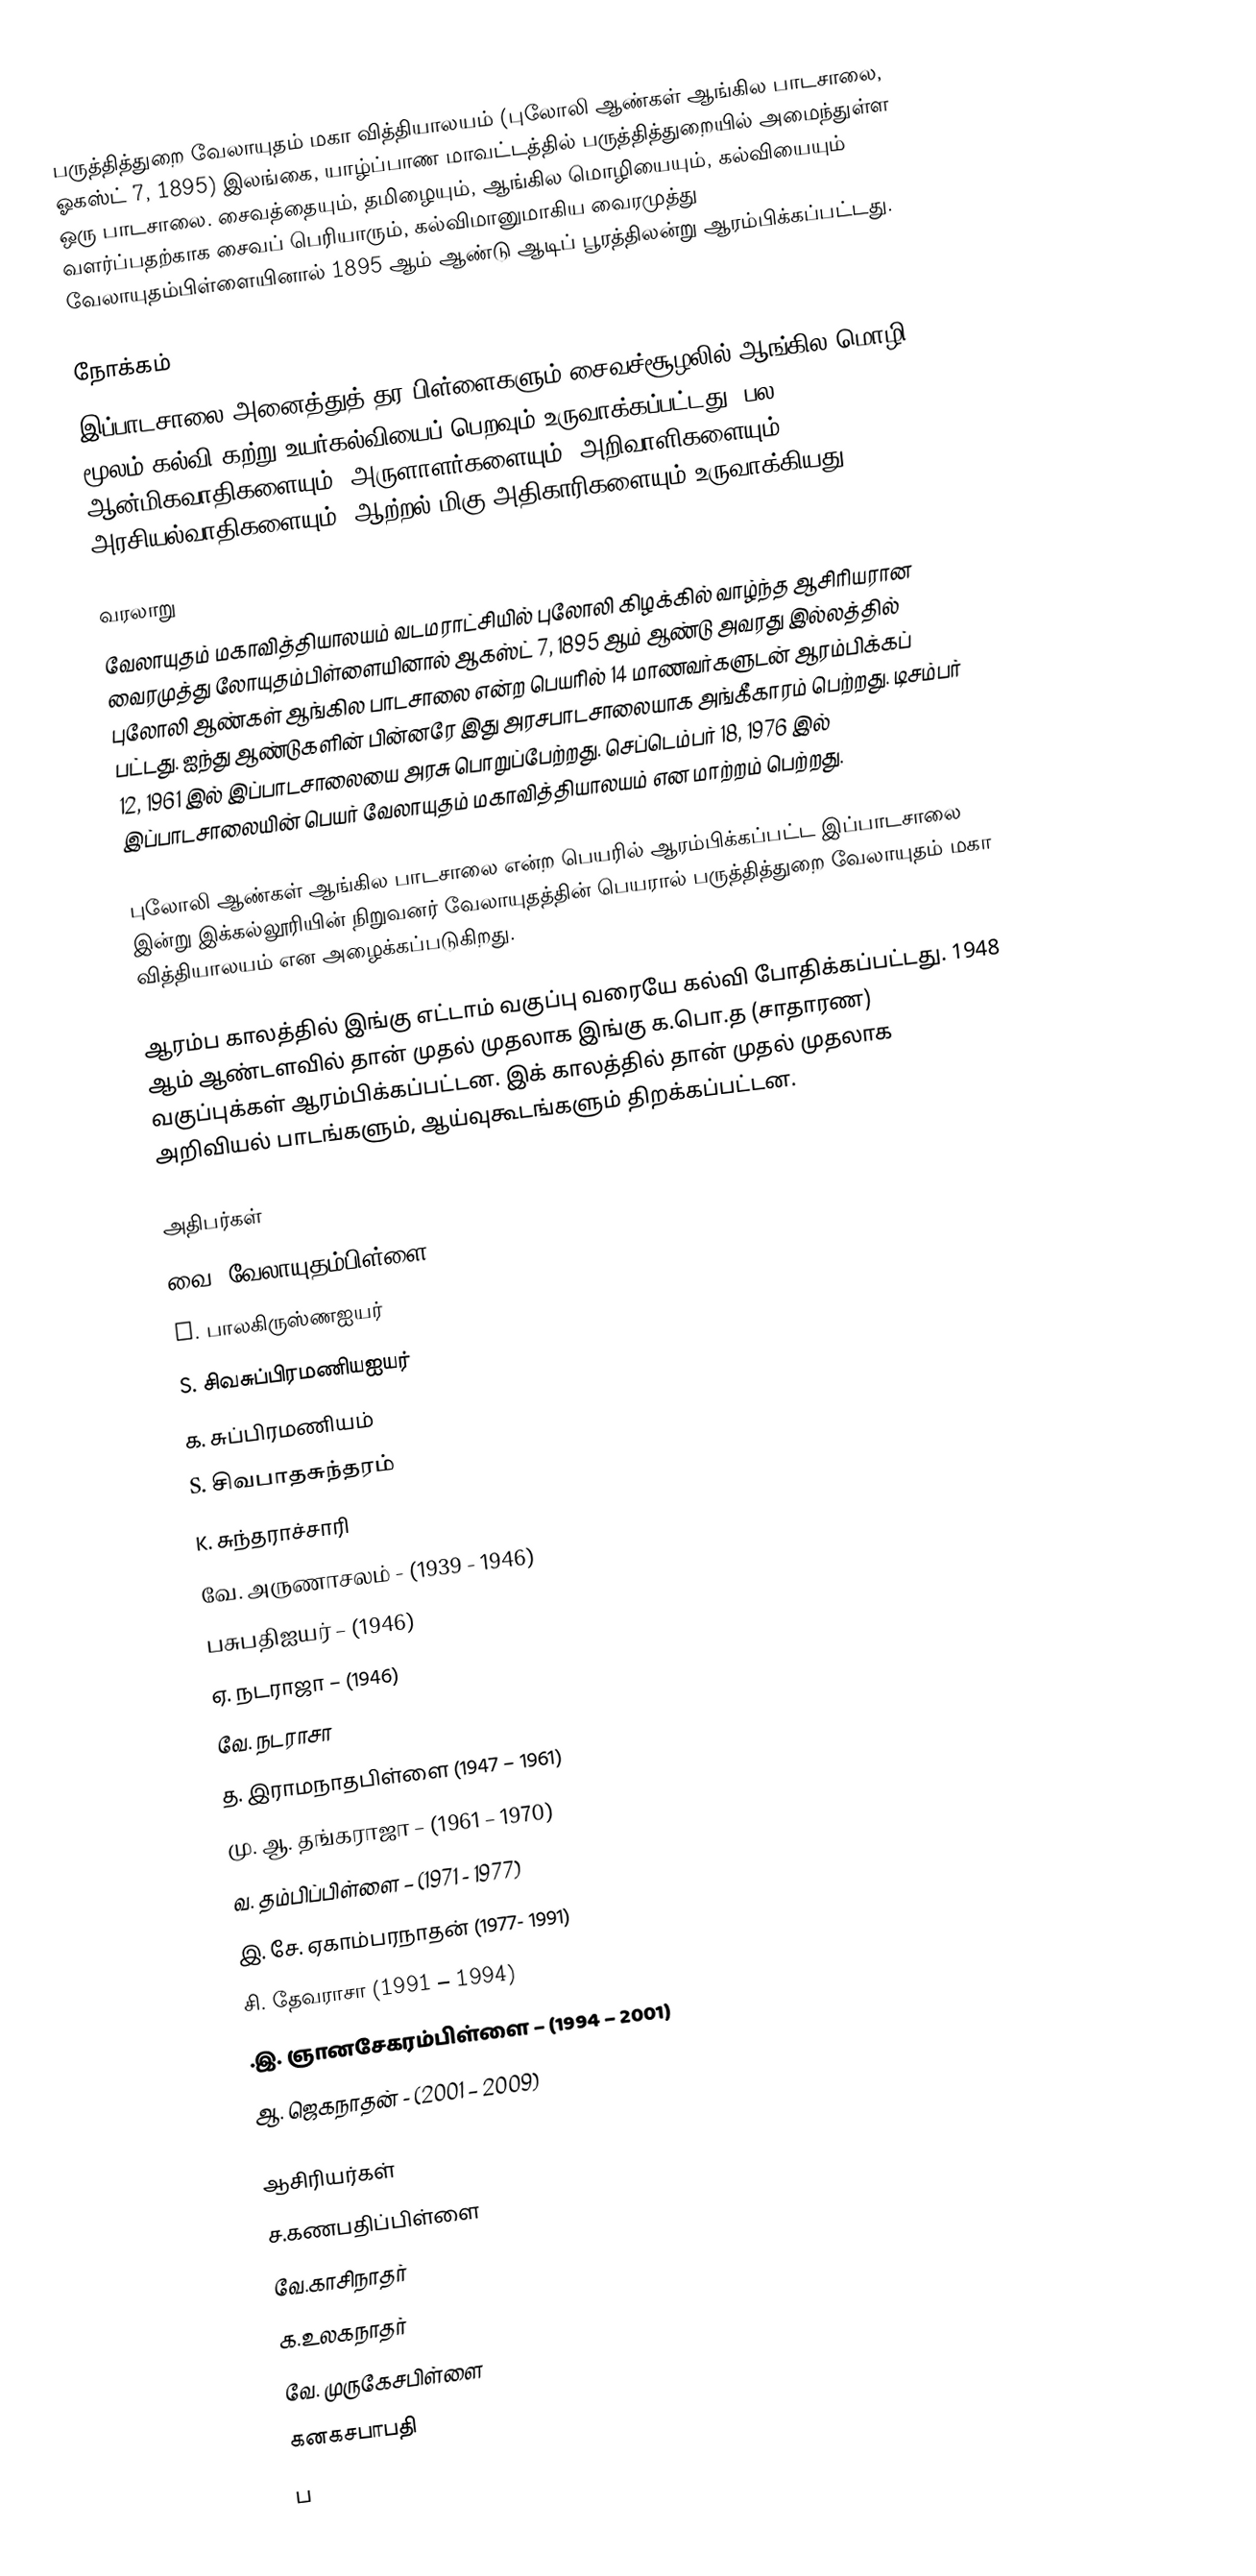
பருத்தித்துறை வேலாயுதம் மகா வித்தியாலயம் (புலோலி ஆண்கள் ஆங்கில பாடசாலை, ஓகஸ்ட் 7, 1895) இலங்கை, யாழ்ப்பாண மாவட்டத்தில் பருத்தித்துறையில் அமைந்துள்ள ஒரு பாடசாலை. சைவத்தையும், தமிழையும், ஆங்கில மொழியையும், கல்வியையும் வளர்ப்பதற்காக சைவப் பெரியாரும், கல்விமானுமாகிய வைரமுத்து வேலாயுதம்பிள்ளையினால் 1895 ஆம் ஆண்டு ஆடிப் பூரத்திலன்று ஆரம்பிக்கப்பட்டது.

நோக்கம்
இப்பாடசாலை அனைத்துத் தர பிள்ளைகளும் சைவச்சூழலில் ஆங்கில மொழி மூலம் கல்வி கற்று உயர்கல்வியைப் பெறவும் உருவாக்கப்பட்டது. பல  ஆன்மிகவாதிகளையும், அருளாளர்களையும், அறிவாளிகளையும் அரசியல்வாதிகளையும், ஆற்றல் மிகு அதிகாரிகளையும் உருவாக்கியது.

வரலாறு
வேலாயுதம் மகாவித்தியாலயம் வடமராட்சியில் புலோலி கிழக்கில் வாழ்ந்த ஆசிரியரான வைரமுத்து லோயுதம்பிள்ளையினால் ஆகஸ்ட் 7, 1895 ஆம் ஆண்டு அவரது இல்லத்தில் புலோலி ஆண்கள் ஆங்கில பாடசாலை என்ற பெயரில் 14 மாணவர்களுடன் ஆரம்பிக்கப் பட்டது. ஐந்து ஆண்டுகளின் பின்னரே இது அரசபாடசாலையாக அங்கீகாரம் பெற்றது.  டிசம்பர் 12, 1961 இல் இப்பாடசாலையை அரசு பொறுப்பேற்றது. செப்டெம்பர் 18, 1976 இல் இப்பாடசாலையின் பெயர் வேலாயுதம் மகாவித்தியாலயம் என மாற்றம் பெற்றது.

புலோலி ஆண்கள் ஆங்கில பாடசாலை என்ற பெயரில் ஆரம்பிக்கப்பட்ட இப்பாடசாலை இன்று இக்கல்லூரியின் நிறுவனர் வேலாயுதத்தின் பெயரால் பருத்தித்துறை வேலாயுதம் மகா வித்தியாலயம் என அழைக்கப்படுகிறது.

ஆரம்ப காலத்தில் இங்கு எட்டாம் வகுப்பு வரையே கல்வி போதிக்கப்பட்டது. 1948 ஆம் ஆண்டளவில் தான் முதல் முதலாக இங்கு க.பொ.த (சாதாரண) வகுப்புக்கள் ஆரம்பிக்கப்பட்டன. இக் காலத்தில் தான் முதல் முதலாக அறிவியல் பாடங்களும், ஆய்வுகூடங்களும் திறக்கப்பட்டன.

அதிபர்கள்
 வை. வேலாயுதம்பிள்ளை – (1895)
 S. பாலகிருஸ்ணஐயர்
 S. சிவசுப்பிரமணியஐயர்
 க. சுப்பிரமணியம்
 S. சிவபாதசுந்தரம்
 K. சுந்தராச்சாரி
 வே. அருணாசலம் - (1939 - 1946)
 பசுபதிஐயர் – (1946)
 ஏ. நடராஜா – (1946)
 வே. நடராசா
 த. இராமநாதபிள்ளை (1947 – 1961)
 மு. ஆ. தங்கராஜா – (1961 – 1970)
 வ. தம்பிப்பிள்ளை – (1971 - 1977)
 இ. சே. ஏகாம்பரநாதன் (1977- 1991)
 சி. தேவராசா (1991 – 1994)
 .இ. ஞானசேகரம்பிள்ளை – (1994 – 2001)
 ஆ. ஜெகநாதன் - (2001 – 2009)

ஆசிரியர்கள்
 ச.கணபதிப்பிள்ளை
 வே.காசிநாதர்
 க.உலகநாதர்
 வே. முருகேசபிள்ளை
 கனகசபாபதி
 ப